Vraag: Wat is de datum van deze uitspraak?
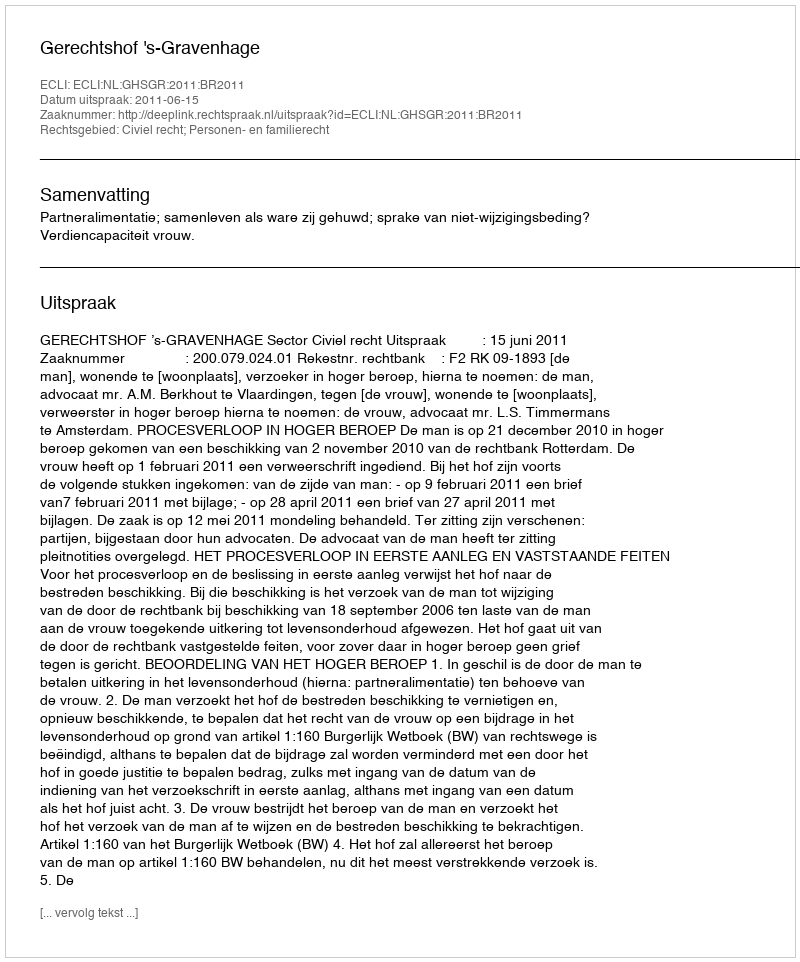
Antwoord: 2011-06-15